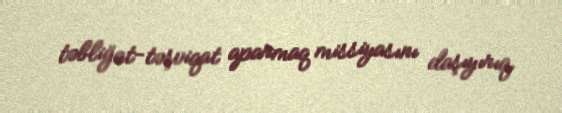
təbliğat-təşviqat aparmaq missiyasını daşıyırıq.